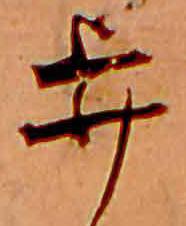
歩